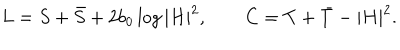
LaTeX: L = S + \bar { S } + 2 b _ { 0 } \log | H | ^ { 2 } , \qquad C = T + \bar { T } - | H | ^ { 2 } .